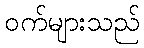
ဝက်များသည်